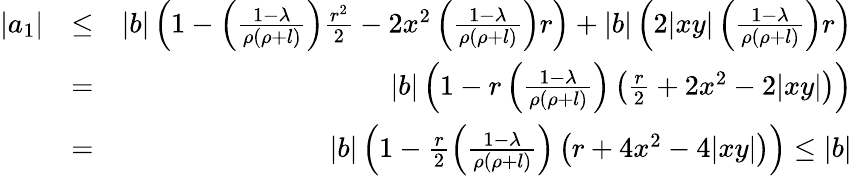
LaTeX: \begin{array}{rlr}{|a_{1}|}&{\leq}&{|b|\left(1-\left(\frac{1-\lambda}{\rho(\rho+l)}\right)\frac{r^{2}}{2}-2x^{2}\left(\frac{1-\lambda}{\rho(\rho+l)}\right)r\right)+|b|\left(2|xy|\left(\frac{1-\lambda}{\rho(\rho+l)}\right)r\right)}\\ &{=}&{|b|\left(1-r\left(\frac{1-\lambda}{\rho(\rho+l)}\right)\left(\frac{r}{2}+2x^{2}-2|xy|\right)\right)}\\ &{=}&{|b|\left(1-\frac{r}{2}\left(\frac{1-\lambda}{\rho(\rho+l)}\right)\left(r+4x^{2}-4|xy|\right)\right)\leq|b|}\end{array}